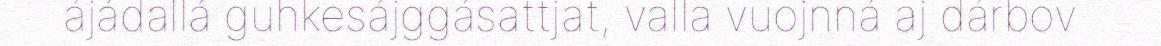
ájádallá guhkesájggásattjat, valla vuojnná aj dárbov